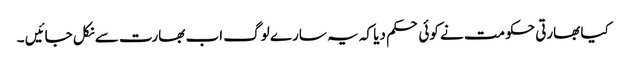
کیا بھارتی حکومت نے کوئی حکم دیا کہ یہ سارے لوگ اب بھارت سے نکل جائیں ۔